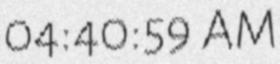
04:40:59 AM